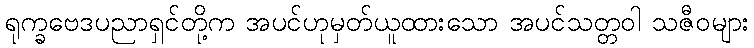
ရုက္ခဗေဒပညာရှင်တို့က အပင်ဟုမှတ်ယူထားသော အပင်သတ္တဝါ သဇီဝများ